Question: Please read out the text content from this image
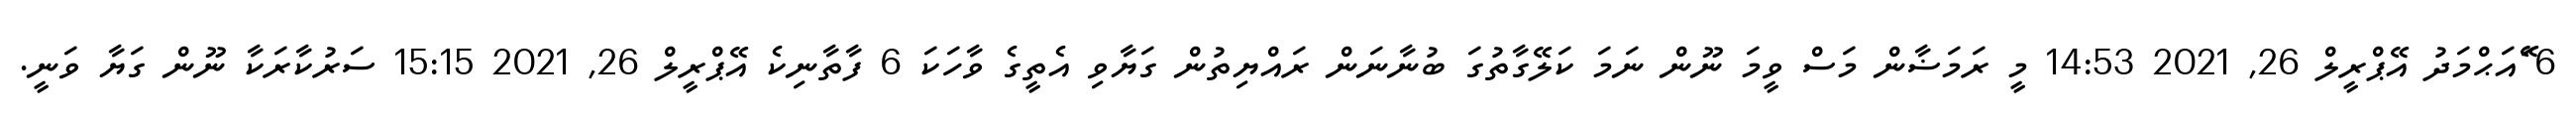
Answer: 6 ޭައަޙްމަދު އޭޕްރީލް 26, 2021 14:53 މީ ރަމަޟާން މަސް ވީމަ ނޫން ނަމަ ކަލޭގާތުގަ ބުނާނަން ރައްޔިތުން ގަޔާވި އެތީގެ ވާހަކަ 6 ފާތާނިކެ އޭޕްރީލް 26, 2021 15:15 ސަރުކާރަކާ ނޫން ގަޔާ ވަނީ.